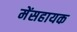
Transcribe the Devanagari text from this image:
मेंसहायक